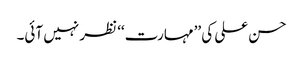
حسن علی کی ’’مہارت‘‘ نظر نہیں آئی۔